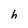
Character: h